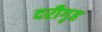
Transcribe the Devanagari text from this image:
दरीगृह